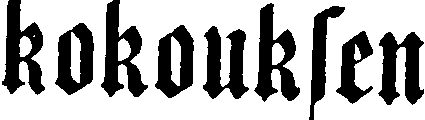
kokouksen